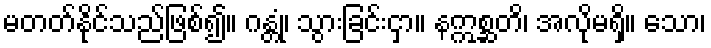
မတတ်နိုင်သည်ဖြစ်၍။ ဂန္တုံ၊ သွားခြင်းငှာ။ နဣစ္ဆတိ၊ အလိုမရှိ။ သော၊